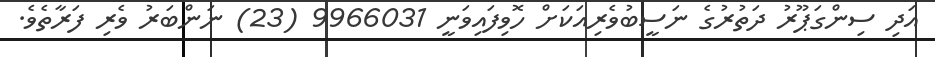
އަދި ސިންގަޕޫރު ދަތުރުގެ ނަސީބުވެރިއަކަށް ހޮވިފައިވަނީ 9966031 (23) ނަންބަރު ވެރި ފަރާތެވެ.